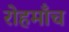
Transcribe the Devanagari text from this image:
रोहमाँच